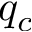
q _ { c }